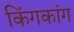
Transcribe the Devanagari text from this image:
किंगकांग